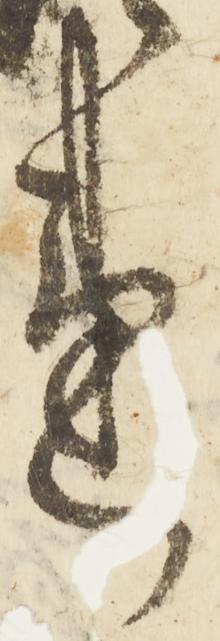
違